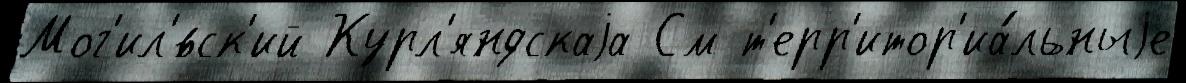
Мог'ил'́вск'ий Курл'яндскаjа См т'ерр'итор'иа́льныjе